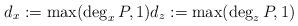
LaTeX: \begin{align*} d_x := \max(\deg_x P, 1) d_z := \max(\deg_z P, 1) \end{align*}